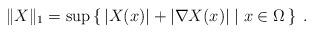
LaTeX: \begin{align*}\|X\|_1=\sup\left\{\,|X(x)|+|\nabla X(x)|\mid x\in\Omega\,\right\}\;.\end{align*}